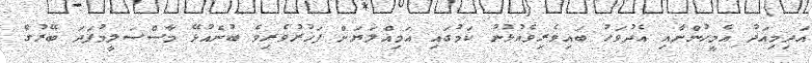
އަދިމިއަދު އެމީހުންނާއި އެދުވަހު ބައިވެރިވެއުޅުނު ކަމުގައި އަމިއްލަޔަށް ފަޚުރުވެރިވެ ބުނެއުޅޭ މާސްސަލީމުފަދަ ބޭރުގެ